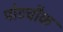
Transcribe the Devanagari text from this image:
पोटचौक